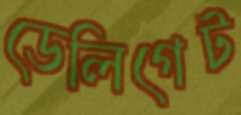
ডেলিগেট